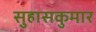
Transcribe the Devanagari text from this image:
सुहासकुमार